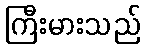
ကြီးမားသည်